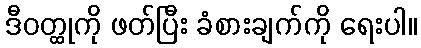
ဒီဝတ္ထုကို ဖတ်ပြီး ခံစားချက်ကို ရေးပါ။